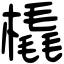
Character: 橇